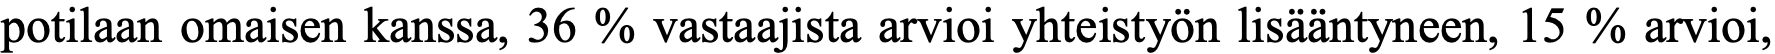
potilaan omaisen kanssa, 36 % vastaajista arvioi yhteistyön lisääntyneen, 15 % arvioi,